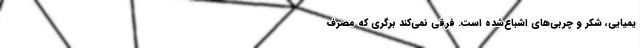
یمیایی، شکر و چربی‌های اشباع‌شده است. فرقی نمی‌کند برگری که مصرف